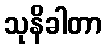
သုနိခါတာ